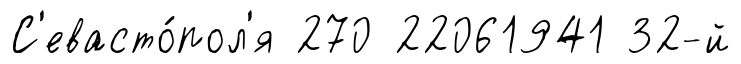
С'евасто́пол'я 270 22061941 32-й